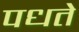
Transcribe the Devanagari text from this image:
पधते